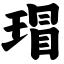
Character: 瑁